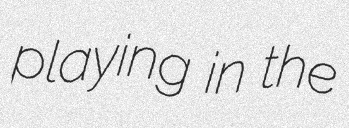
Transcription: playing in the